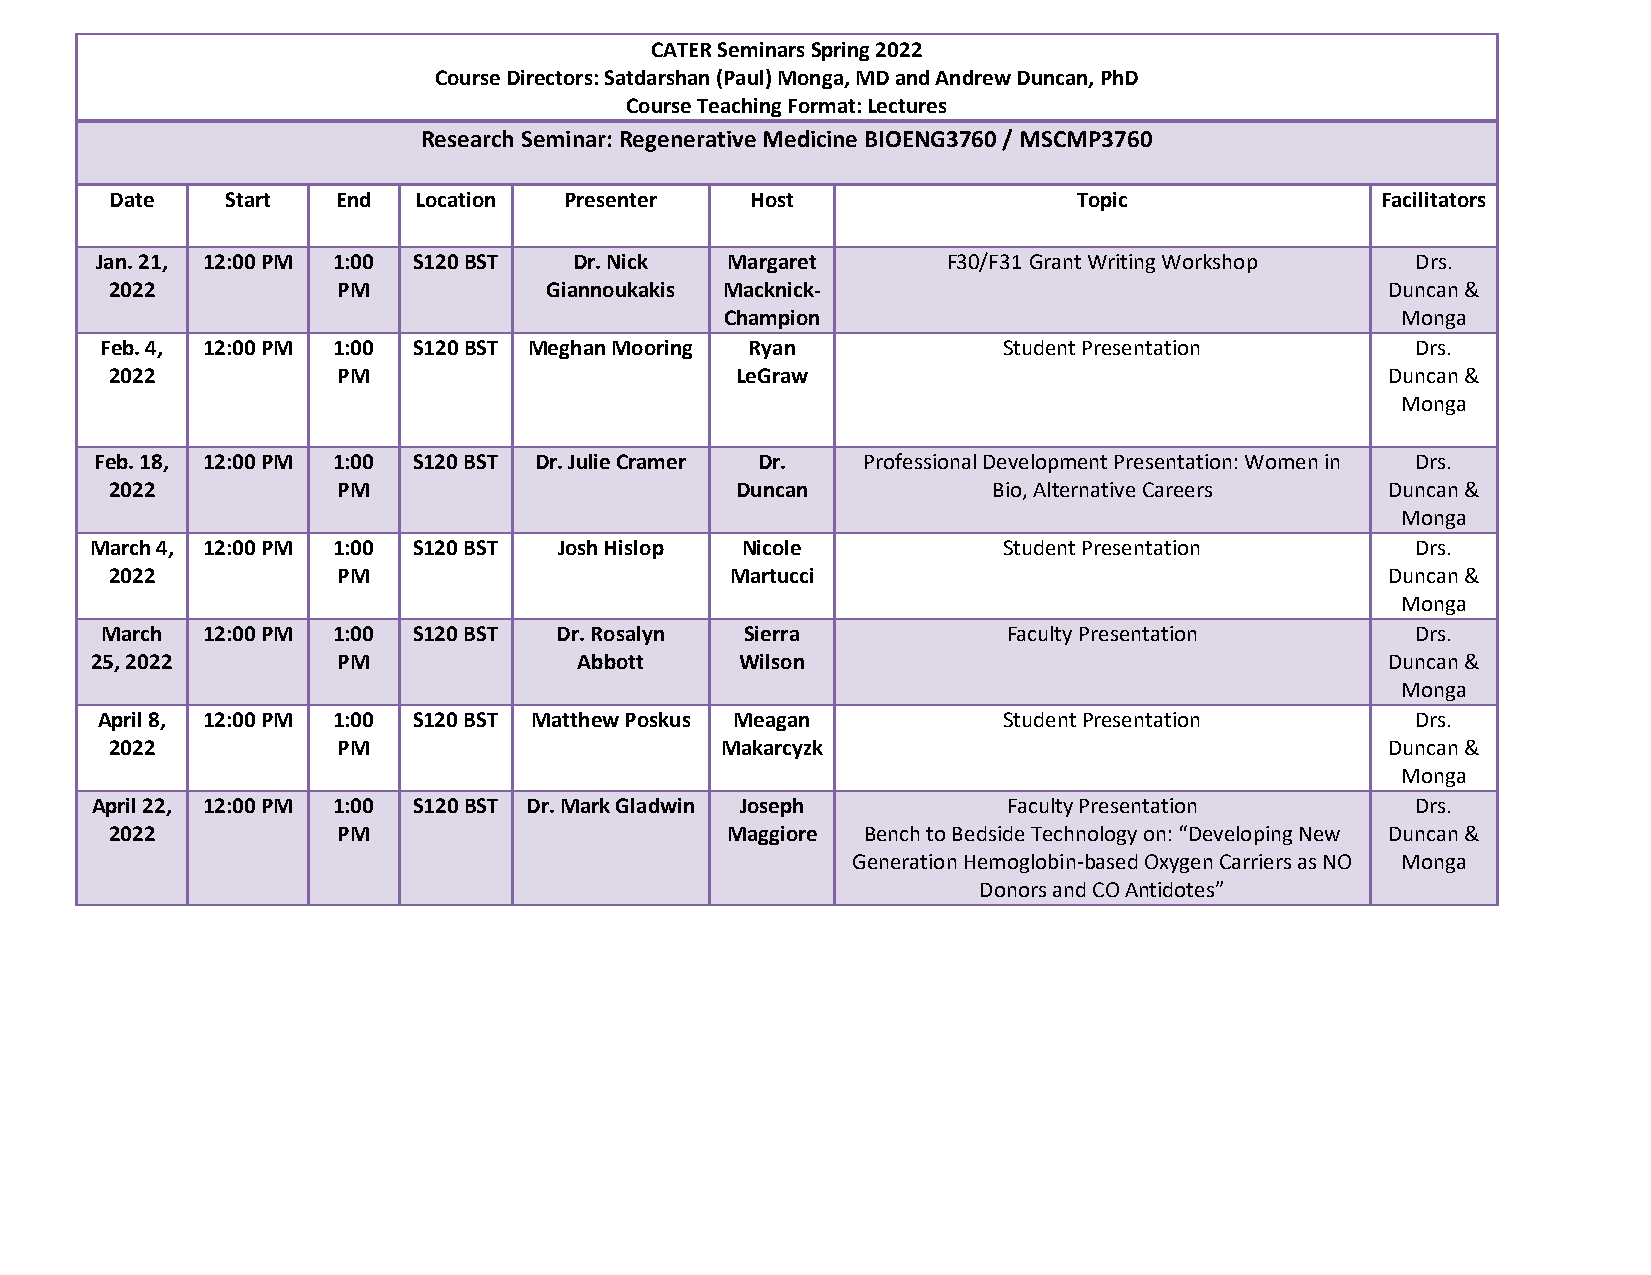
CATER Seminars Spring 2022
 Course Directors: Satdarshan (Paul) Monga, MD and Andrew Duncan, PhD
 Course Teaching Format: Lectures
 Research Seminar: Regenerative Medicine BIOENG3760 / MSCMP3760
 Date    Start  End  Location  Presenter    Host                 Topic               Facilitators
 Jan. 21, 12:00 PM 1:00 S120 BST Dr. Nick  Margaret       F30/F31 Grant Writing Workshop Drs.
 2022           PM            Giannoukakis Macknick-                                  Duncan &
 Champion                                     Monga
 Feb. 4, 12:00 PM 1:00 S120 BST Meghan Mooring Ryan         Student Presentation        Drs.
 2022           PM                         LeGraw                                     Duncan &
 Monga
 Feb. 18, 12:00 PM 1:00 S120 BST Dr. Julie Cramer Dr. Professional Development Presentation: Women in Drs.
 2022           PM                         Duncan           Bio, Alternative Careers  Duncan &
 Monga
 March 4, 12:00 PM 1:00 S120 BST Josh Hislop Nicole          Student Presentation        Drs.
 2022           PM                        Martucci                                    Duncan &
 Monga
 March 12:00 PM 1:00 S120 BST  Dr. Rosalyn Sierra            Faculty Presentation       Drs.
 25, 2022        PM              Abbott     Wilson                                     Duncan &
 Monga
 April 8, 12:00 PM 1:00 S120 BST Matthew Poskus Meagan       Student Presentation        Drs.
 2022           PM                        Makarcyzk                                   Duncan &
 Monga
 April 22, 12:00 PM 1:00 S120 BST Dr. Mark Gladwin Joseph     Faculty Presentation       Drs.
 2022           PM                        Maggiore Bench to Bedside Technology on: “Developing New Duncan &
 Generation Hemoglobin-based Oxygen Carriers as NO Monga
 Donors and CO Antidotes”